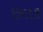
છલક